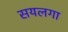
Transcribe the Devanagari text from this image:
सयलगा